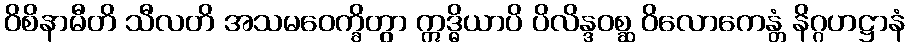
ဝိစိနာမီတိ သီလတိ အသမဝေက္ခိတွာ ဣဒ္ဓိယာပိ ပိလိန္ဒဝစ္ဆ ဝိလောကေန္တံ နိဂ္ဂဟဋ္ဌာနံ